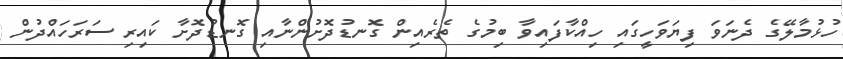
ހުޅުމާލޭގެ ދެނަވަ ފިޔަވަހީގައި ހިއްކާފައިވާ ބިމުގެ ތެރެއިން ގޮނޑުދޮށުންނާއި ގޮނޑުދޮށާ ކައިރި ސަރަހައްދުން